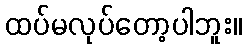
ထပ်မလုပ်တော့ပါဘူး။